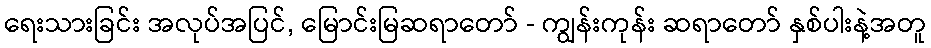
ရေးသားခြင်း အလုပ်အပြင်, မြောင်းမြဆရာတော် - ကျွန်းကုန်း ဆရာတော် နှစ်ပါးနဲ့အတူ